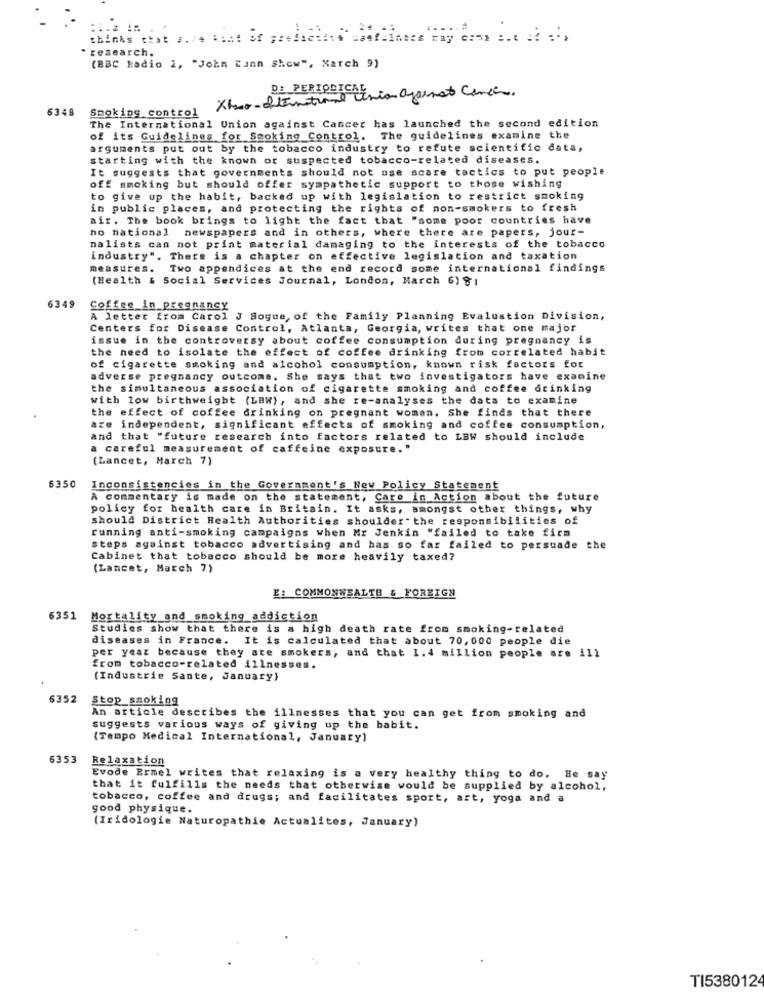
thinks that are tine Se prehehad lerinies 's
- research.
(BBC Radio 2, "John Dann Show", March 9)
D: PERIODICA ion against Cancer.
6348 Smoking control
The International Union against Cancer has launched the second edition
of its Guidelines for Smoking Control. The guidelines examine the
arguments put out by the tobacco industry to refute scientific data,
starting with the known or suspected tobacco-related diseases.
It suggests that governments should not use scare tactics to put people
off smoking but should offer sympathetic support to those wishing
to give up the habit, backed up with legislation to restrict smoking
in public places, and protecting the rights of non-smokers to fresh
air. The book brings to light the fact that "some poor countries have
no national newspapers and in others, where there are papers, jour-
nalists can not print material damaging to the interests of the tobacco
industry". There is a chapter on effective legislation and taxation
measures. Two appendices at the end record some international findings
(Health & Social Services Journal, London, March 6) 81
6349
Coffee_in_pregnancy
A letter from Carol J Bogue, of the Family Planning Evaluation Division,
Centers for Disease Control, Atlanta, Georgia, writes that one major
issue in the controversy about coffee consumption during pregnancy is
the need to isolate the effect of coffee drinking from correlated habit
of cigarette smoking and alcohol consumption, known risk factors for
adverse pregnancy outcome. She says that two investigators have examine
the simultaneous association of cigarette smoking and coffee drinking
with low birthweight (LBW), and she re-analyses the data to examine
the effect of coffee drinking on pregnant women. She finds that there
are independent, significant effects of smoking and coffee consumption,
and that "future research into factors related to LBW should include
a careful measurement of caffeine exposure."
(Lancet, March 7)
6350
Inconsistencies in the Government's New Policy Statement
A commentary is made on the statement, Care in Action about the future
policy for health care in Britain. It asks, amongst other things, why
should District Health Authorities shoulder" the responsibilities of
running anti-smoking campaigns when Mr Jenkin "failed to take firm
steps against tobacco advertising and has so far failed to persuade the
Cabinet that tobacco should be more heavily taxed?
(Lancet, March 7)
E: COMMONWEALTH & FOREIGN
6351
Mortality and smoking_addiction
Studies show that there is a high death rate from smoking-related
diseases in France. It is calculated that about 70, 000 people die
per year because they are smokers, and that I.4 million people are ill
from tobacco-related illnesses.
(Industrie Sante, January)
6352
Stop smoking
An article describes the illnesses that you can get from smoking and
suggests various ways of giving up the habit.
(Tempo Medical International, January)
6353
Relaxation
Evode Ermel writes that relaxing is a very healthy thing to do. He say
that it fulfills the needs that otherwise would be supplied by alcohol,
tobacco, coffee and drugs; and facilitates sport, art, yoga and a
good physique.
(Iridologie Naturopathie Actualites, January)
TI538012